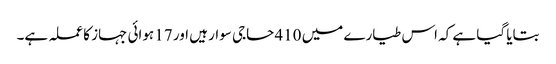
بتایا گیا ہے کہ اس طیارے میں 410 حاجی سوار ہیں اور 17 ہوائی جہاز کا عملہ ہے۔